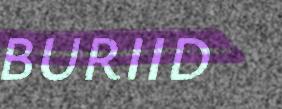
BURIID